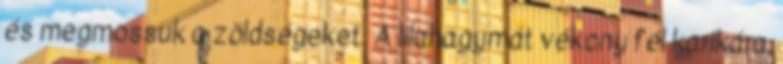
és megmossuk a zöldségeket. A lilahagymát vékony fél karikára,